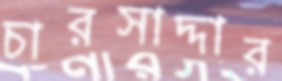
চারসাদ্দার